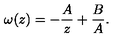
\omega ( z ) = - \frac { A } { z } + \frac { B } { A } .